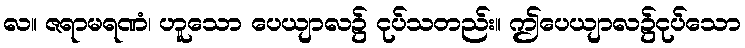
လ။ ဇရာမရဏံ၊ ဟူသော ပေယျာလ၌ ငုပ်သတည်း။ ဤပေယျာလ၌ငုပ်သော